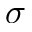
\sigma